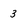
Character: 3